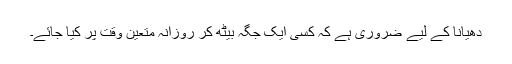
دھیانا کے لیے ضروری ہے کہ کسی ایک جگہ بیٹھ کر روزانہ متعین وقت پر کیا جائے۔